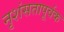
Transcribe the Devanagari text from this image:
नृशंसतापूर्वक